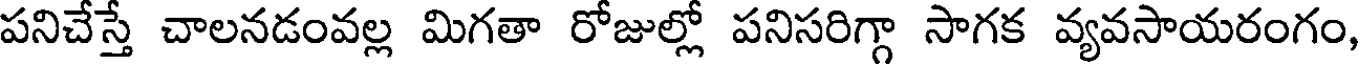
పనిచేస్తే చాలనడంవల్ల మిగతా రోజుల్లో పనిసరిగ్గా సాగక వ్యవసాయరంగం,